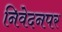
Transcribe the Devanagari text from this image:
निवेदनपर